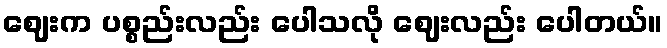
ဈေးက ပစ္စည်းလည်း ပေါသလို ဈေးလည်း ပေါတယ်။